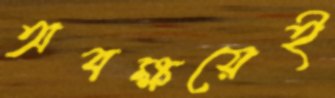
অবক্ষয়েই